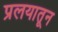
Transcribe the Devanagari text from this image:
प्रलयातून